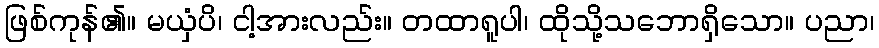
ဖြစ်ကုန်၏။ မယှံပိ၊ ငါ့အားလည်း။ တထာရူပါ၊ ထိုသို့သဘောရှိသော။ ပညာ၊